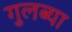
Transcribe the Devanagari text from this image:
गुलब्या